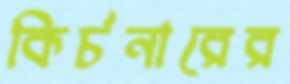
কির্চনারের